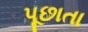
પૂછાતા